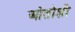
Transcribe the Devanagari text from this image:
ओतोशी